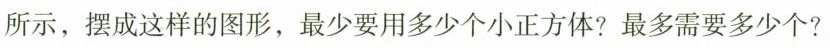
所示，摆成这样的图形，最少要用多少个小正方体？最多需要多少个？